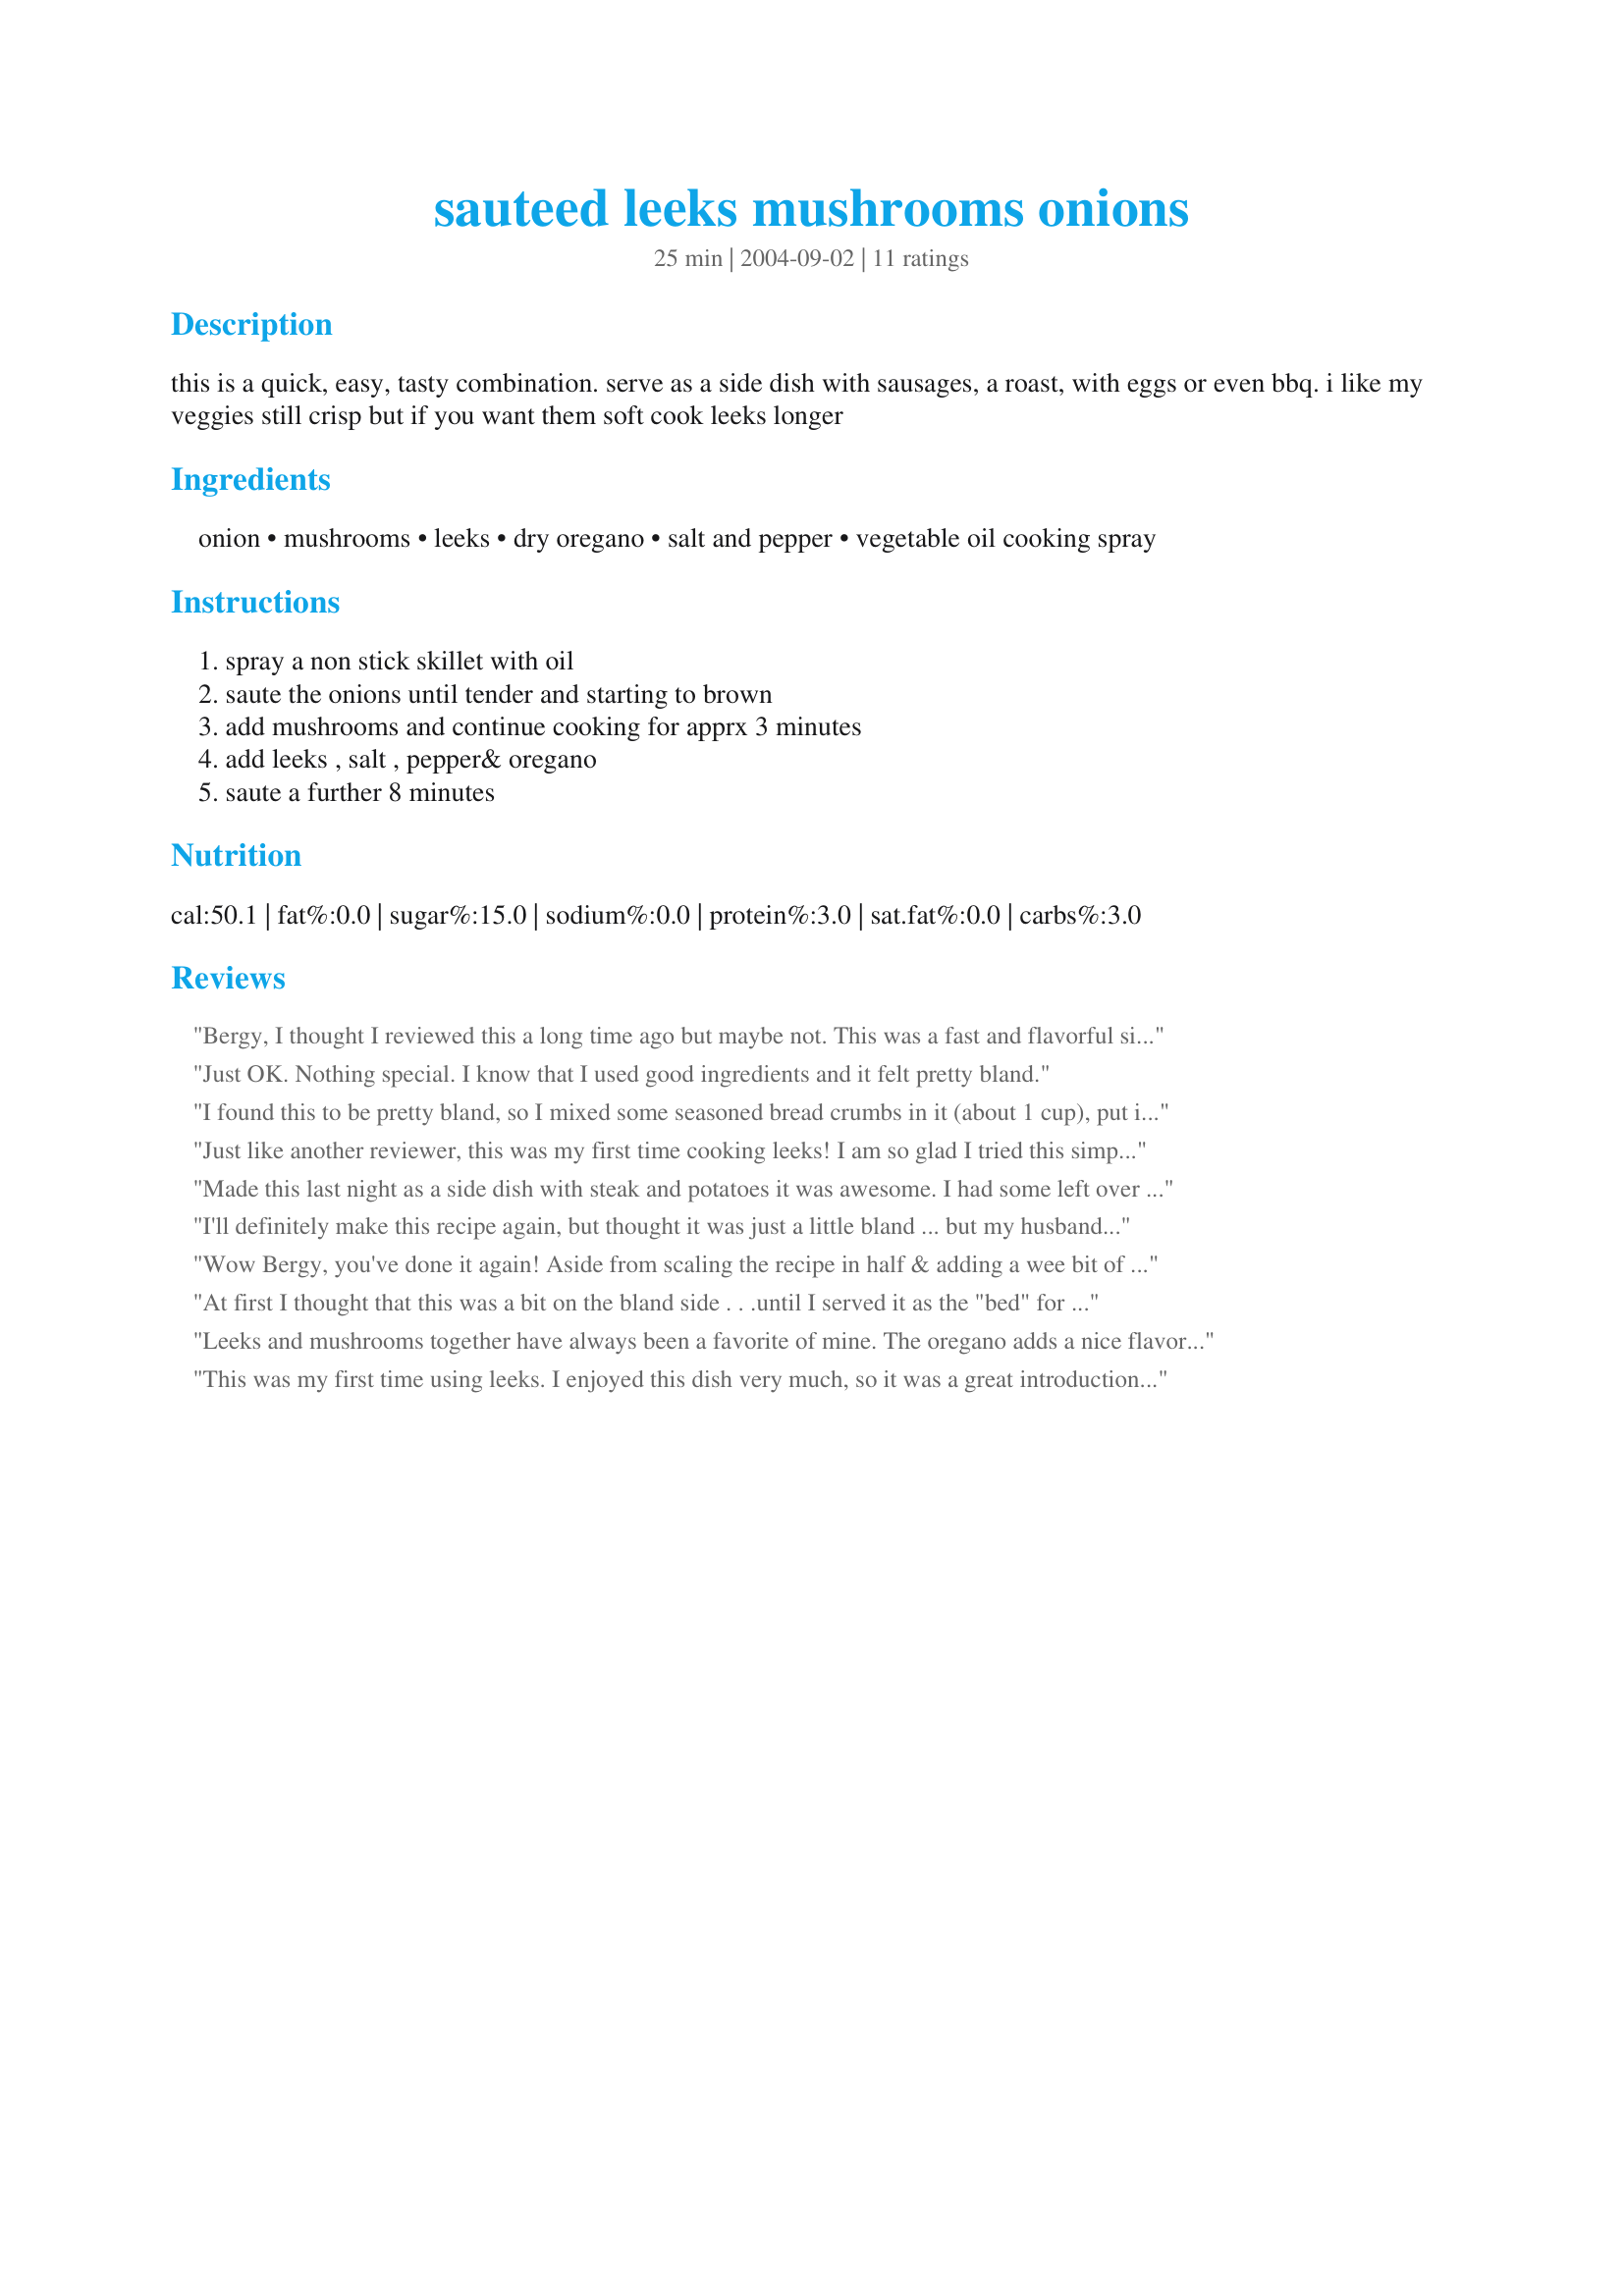
sauteed leeks mushrooms onions
Preparation time: 25 minutes

this is a quick, easy, tasty combination. serve as a side dish with sausages, a roast, with eggs or even bbq. i like my veggies still crisp but if you want them soft cook leeks longer

Ingredients:
onion, mushrooms, leeks, dry oregano, salt and pepper, vegetable oil cooking spray

Steps:
spray a non stick skillet with oil, saute the onions until tender and starting to brown, add mushrooms and continue cooking for apprx 3 minutes, add leeks , salt , pepper& oregano, saute a further 8 minutes

Reviews:
Bergy, I thought I reviewed this a long time ago but maybe not. This was a fast and flavorful side dish that we enjoy whenever I find Leeks on sale. Thanks for sharing!
Just OK. Nothing special. I know that I used good ingredients and it felt pretty bland.
I found this to be pretty bland, so I mixed some seasoned bread crumbs in it (about 1 cup), put it in a casserole dish, sprinkled some grueyere cheese on top and baked it for about 15 minutes.
Just like another reviewer, this was my first time cooking leeks! I am so glad I tried this simple but satisfying recipe! It took all of 5 minutes, maybe to prep and cooktime was minimal because we like our veggies with some crunch! I did use a little bit of olive oil (had no spray), seasoning salt and oregano. DH and I thoroughly enjoyed this. DH stated several times how good it was! Thanks Bergy!
Made this last night as a side dish with steak and potatoes it was awesome. I had some left over and put it in a cream based soup and it was great. I like the fact these are vegtables I usually have on hand. Thanks for the fast but delicious recipe.
I'll definitely make this recipe again, but thought it was just a little bland ... but my husband, who loves both mushrooms and leeks, absolutely adored it. He was delighted that the flavor of the leeks stood out, instead of getting lost in other ingredients. Thanks!
Wow Bergy, you've done it again! Aside from scaling the recipe in half & adding a wee bit of butter to the pan, I followed the instructions exactly. It was perfect with our grilled steak & potatoes. Thanx Bergy!
At first I thought that this was a bit on the bland side . . .until I served it as the "bed" for a spicy tequila lime chicken, and then it was just PERFECT. Next time I think I'll use an onion with just a bit more bite but otherwise I won't change a thing. Thank you for this quick and easy sidedish!
Leeks and mushrooms together have always been a favorite of mine. The oregano adds a nice flavor. This is great with pretty much any meat/poultry or just by itself! I'll make this again; thanx!
This was my first time using leeks. I enjoyed this dish very much, so it was a great introduction. Really yummy veggies, makes a great side dish.
I'm not going to put a bad rating for my personal tastes, that's for sure, because this recipe had 2 of my favorite veggies (mushrooms and onions) cooked in my new favorite way. LOL! The dry oregano perfected the flavor and I added about 1/2 tsp salt and 1/2 tsp pepper. 

Now, for the leeks...ha! First time leek tasting for me and my uncle will be the proud new owner of 1/2 bunch of leeks. ;) I just didn't like them, personally. Thanks, Bergy, for the delightful recipe and the chance to try a new veggie. :D
